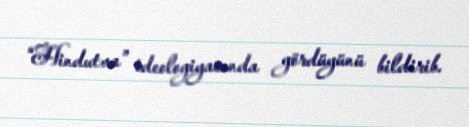
“Hindutva” ideologiyasında gördüyünü bildirib.